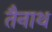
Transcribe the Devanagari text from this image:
तैनाथ